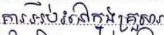
ការអប់រំនៅក្នុងគ្រួសារ